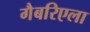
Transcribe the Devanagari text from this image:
गैबरिएला